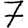
Digit: 7